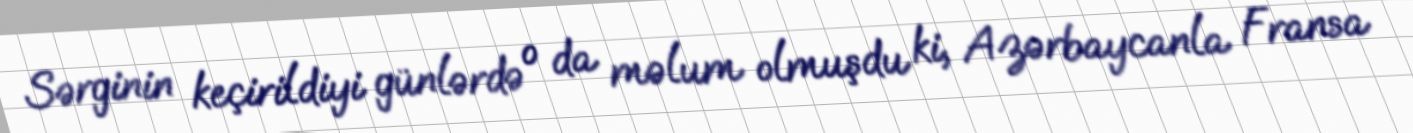
Sərginin keçirildiyi günlərdə o da məlum olmuşdu ki, Azərbaycanla Fransa